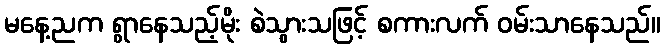
မနေ့ညက ရွာနေသည့်မိုး စဲသွားသဖြင့် စကားလက် ဝမ်းသာနေသည်။